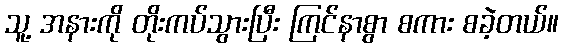
သူ့ အနားကို တိုးကပ်သွားပြီး ကြင်နာစွာ စကား စခဲ့တယ်။